Leaving Certificate Examination (including Day School Certificate (Higher) General paper), 1934
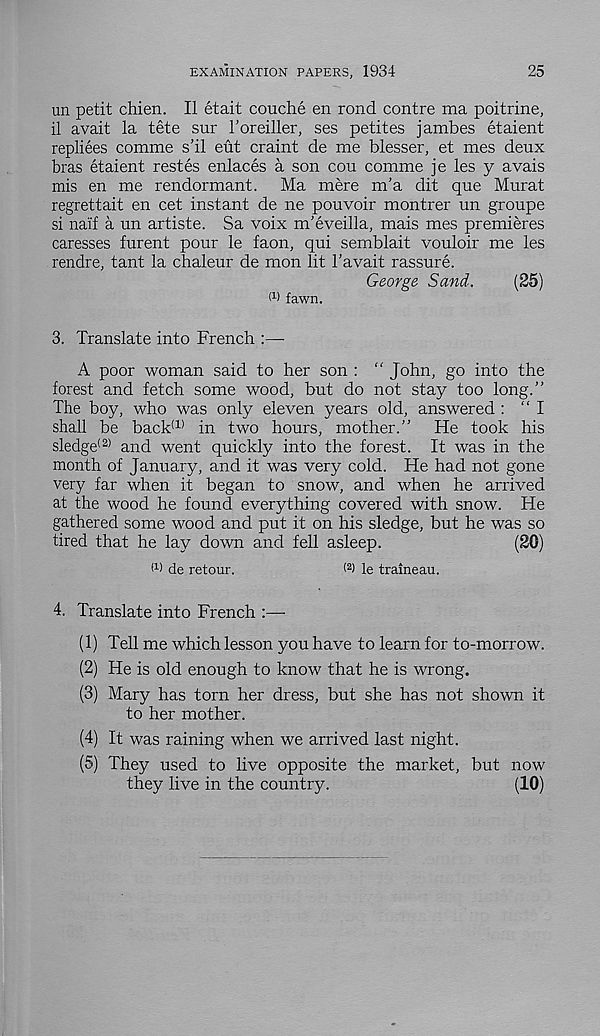
EXAMINATION PAPERS, 1934
25
un petit chien. II etait couche en rond centre ma poitrine,
il avait la tete sur I’oreiller, ses petites jambes etaient
repliees comme s’il eut craint de me blesser, et mes deux
bras etaient restes enlaces a son cou comme je les y avais
mis en me rendormant. Ma mere m’a dit que Murat
regrettait en cet instant de ne pouvoir montrer un groupe
si naif a un artiste. Sa voix m’eveilla, mais mes premieres
caresses furent pour le faon, qui semblait vouloir me les
rendre, tant la chaleur de mon lit 1’avait rassure.
George Sand.
(25)
W fawn.
3. Translate into French :—•
A poor woman said to her son : “ John, go into the
forest and fetch some wood, but do not stay too long.”
The boy, who was only eleven years old, answered : “I
shall be back (1) in two hours, mother.” He took his
sledge* 2) and went quickly into the forest. It was in the
month of January, and it was very cold. He had not gone
very far when it began to snow, and when he arrived
at the wood he found everything covered with snow. He
gathered some wood and put it on his sledge, but he was so
tired that he lay down and fell asleep.
(20)
M de retour.
< 2 ) le traineau.
4. Translate into French :—
(1) Tell me which lesson you have to learn for to-morrow.
(2) He is old enough to know that he is wrong.
(3) Mary has torn her dress, but she has not shown it
to her mother.
(4) It was raining when we arrived last night.
(5) They used to live opposite the market, but now
they live in the country.
(10)